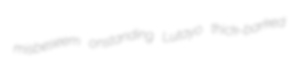
misbeseem onstanding Lutayo thick-barked